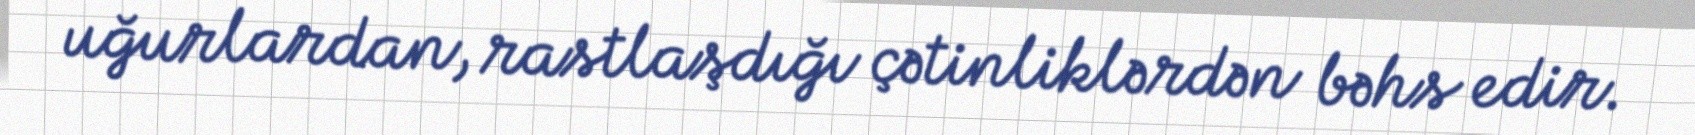
uğurlardan, rastlaşdığı çətinliklərdən bəhs edir.